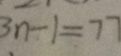
3 n - 1 = 7 7